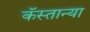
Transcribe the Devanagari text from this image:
कॅस्तान्या